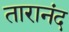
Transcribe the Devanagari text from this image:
तारानंद